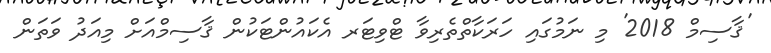
'ޤާސިމް 2018' މި ނަމުގައި ހަރަކާތްތެރިވާ ޓްވިޓަރ އެކައުންޓަކުން ޤާސިމްއަށް މިއަދު ވަތަން